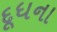
દૂધના